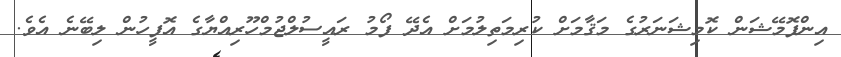
އިންފޮމޭޝަން ކޮމިޝަނަރުގެ މަޤާމަށް ކުރިމަތިލުމަށް އެދޭ ފޯމު ރައީސުލްޖުމްހޫރިއްޔާގެ އޮފީހުން ލިބޭނެ އެވެ.